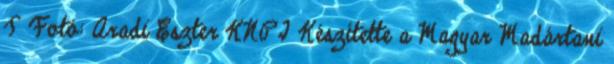
T Fotó: Aradi Eszter KNPI Készítette a Magyar Madártani